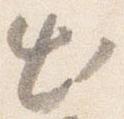
出